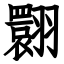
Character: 翾